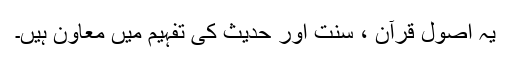
یہ اصول قرآن ، سنت اور حدیث کی تفہیم میں معاون ہیں۔